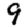
Digit: 9